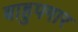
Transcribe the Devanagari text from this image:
बाहुपगार